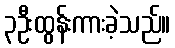
၃ဦးထွန်းကားခဲ့သည်။